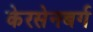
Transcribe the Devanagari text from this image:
केरसेनबर्ग